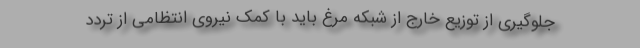
جلوگیری از توزیع خارج از شبکه مرغ باید با کمک نیروی انتظامی از تردد